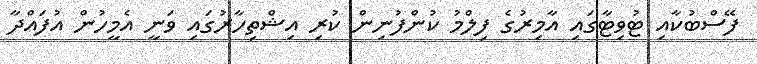
ފޭސްބުކާއި ޓުވިޓާގައި އާމިރުގެ ފިލްމު ކުންފުނިން ކުރި އިޝްތިހާރުގައި ވަނީ އެމީހުން އުފައްދާ